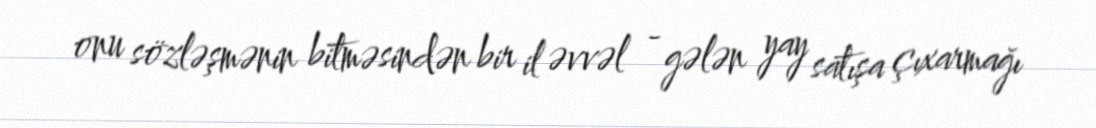
onu sözləşmənin bitməsindən bir il əvvəl - gələn yay satışa çıxarmağı